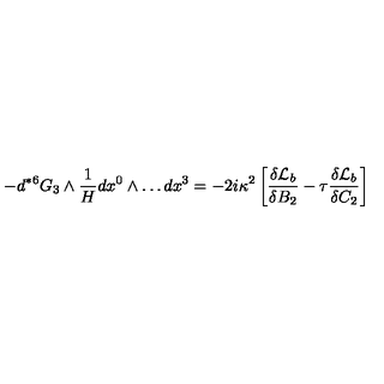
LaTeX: - d { } ^ { * 6 } G _ { 3 } \wedge \frac { 1 } { H } d x ^ { 0 } \wedge \dots d x ^ { 3 } = - 2 i \kappa ^ { 2 } \left[ \frac { \delta { \cal { L } } _ { b } } { \delta B _ { 2 } } - \tau \frac { \delta { \cal { L } } _ { b } } { \delta C _ { 2 } } \right]